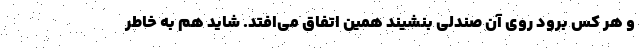
و هر کس برود روی آن صندلی بنشیند همین اتفاق می‌افتد. شاید هم به خاطر